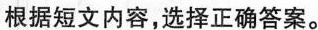
根据短文内容,选择正确答案.。